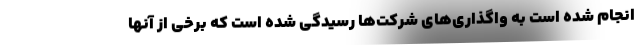
انجام شده است به واگذاری‌های شرکت‌ها رسیدگی شده است که برخی از آنها